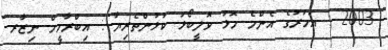
2003 : އަހަރުގެ އެންމެ މޮޅު ވޮލީބޯޅަ ކުޅުންތެރިޔާ : އިބްރާހީމް ނިޒާރ